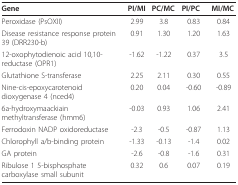
<table><thead><tr><td><b>Gene</b></td><td><b>PI/MI</b></td><td><b>PC/MC</b></td><td><b>PI/PC</b></td><td><b>MI/MC</b></td></tr></thead><tbody><tr><td>Peroxidase (PsOXII)</td><td>2.99</td><td>3.8</td><td>0.83</td><td>0.84</td></tr><tr><td>Disease resistance response protein 39 (DRR230-b)</td><td>0.91</td><td>1.30</td><td>1.20</td><td>1.63</td></tr><tr><td>12-oxophytodienoic acid 10,10-reductase (OPR1)</td><td>-1.62</td><td>-1.22</td><td>0.37</td><td>3.5</td></tr><tr><td>Glutathione S-transferase</td><td>2.25</td><td>2.11</td><td>0.30</td><td>0.55</td></tr><tr><td>Nine-cis-epoxycarotenoid dioxygenase 4 (nced4)</td><td>0.20</td><td>0.04</td><td>-0.60</td><td>-0.89</td></tr><tr><td>6a-hydroxymaackiain methyltransferase (hmm6)</td><td>-0.03</td><td>0.93</td><td>1.06</td><td>2.41</td></tr><tr><td>Ferrodoxin NADP oxidoreductase</td><td>-2.3</td><td>-0.5</td><td>-0.87</td><td>1.13</td></tr><tr><td>Chlorophyll a/b-binding protein</td><td>-1.33</td><td>-0.13</td><td>-1.4</td><td>0.02</td></tr><tr><td>GA protein</td><td>-2.6</td><td>-0.8</td><td>-1.6</td><td>0.31</td></tr><tr><td>Ribulose 1 5-bisphosphate carboxylase small subunit</td><td>0.32</td><td>0.6</td><td>0.07</td><td>0.19</td></tr></tbody></table>